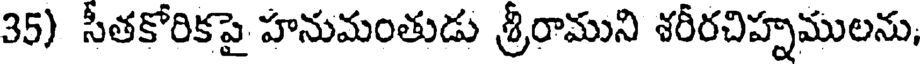
35) సీతకోరికపై హనుమంతుడు శ్రీరాముని శరీరచిహ్నములను,